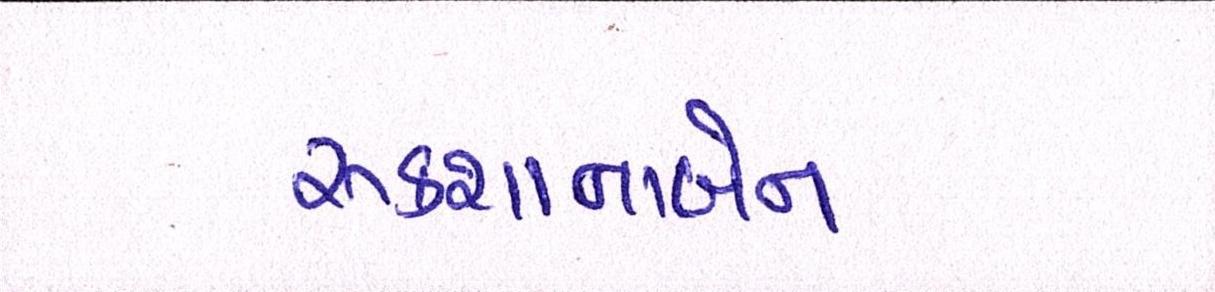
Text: રૂકશાનાબેન